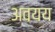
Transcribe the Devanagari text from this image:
अवयय